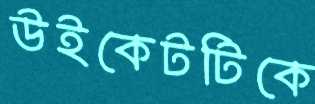
উইকেটটিকে